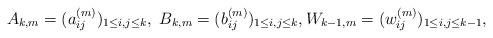
LaTeX: \begin{align*}A_{k,m}=(a^{(m)}_{ij})_{1\le i,j\le k}, \ B_{k,m}=(b^{(m)}_{ij})_{1\le i,j\le k}, W_{k-1,m}=(w^{(m)}_{ij})_{1\le i,j\le k-1},\end{align*}